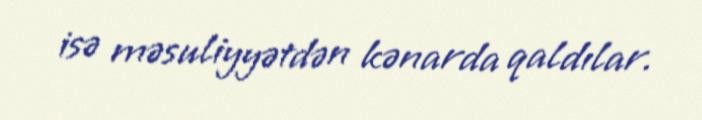
isə məsuliyyətdən kənarda qaldılar.